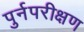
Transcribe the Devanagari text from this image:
पुर्नपरीक्षण